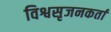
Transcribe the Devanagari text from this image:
विश्वसृजनकर्ता